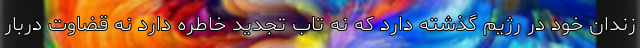
زندان خود در رژیم گذشته دارد که نه تاب تجدید خاطره دارد نه قضاوت دربار